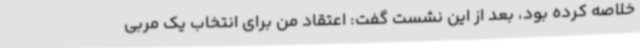
خلاصه کرده بود، بعد از این نشست گفت: اعتقاد من برای انتخاب یک مربی